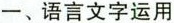
一、语言文字运用